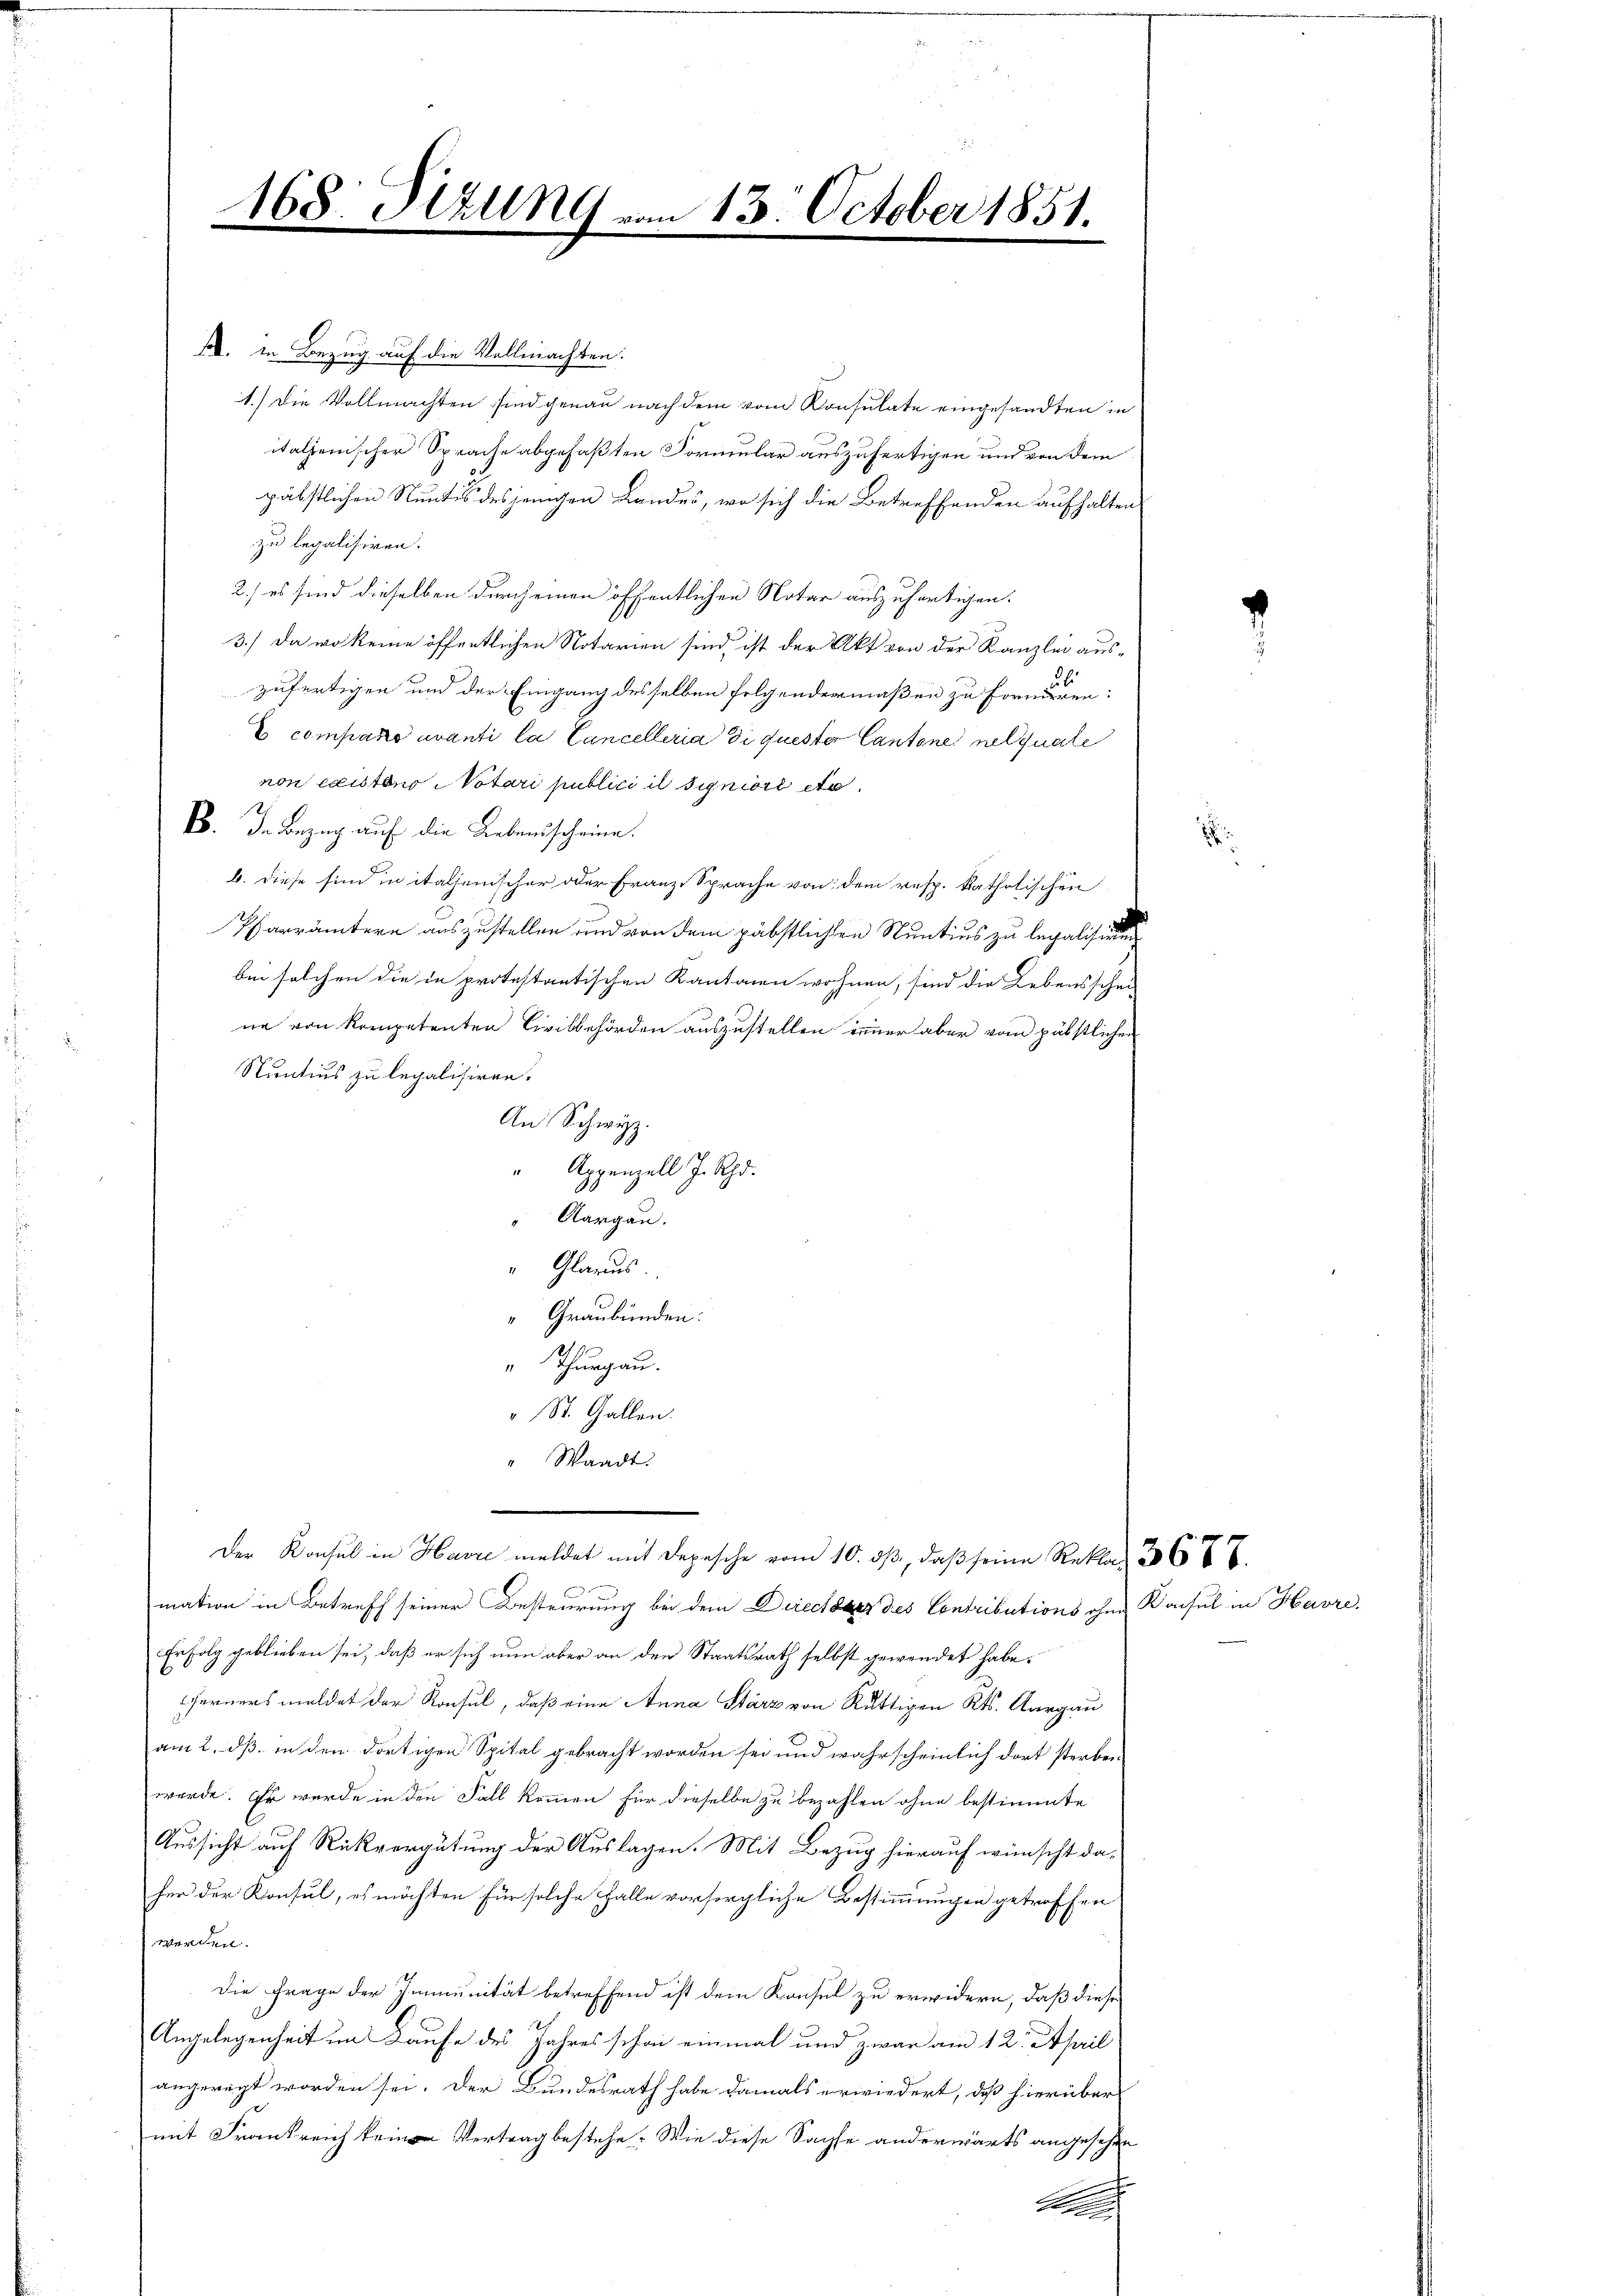
168. Sizung vom 13. October 1851.
.
e
.

A. in Bezug auf die Vollmachten.
1.) Die Vollmachten sind genau nach dem vom Konsulate eingesandten in
italienischer Sprache abgefaßten Formular auszufertigen und von dem
päbstlichen Rentis desjenigen Landes, wo sich die Betreffenden aufhalten
zu legalisiren.
2.) es sind dieselben durch einen öffentlichen Notar auszufertigen.
3.) Da wo keine öffentlichen Notarien sind, ist der Akt von der Kanzlei aus-
zufertigen und der Eingang desselben folgendermaßen zu formierten:
E compano avanti la Cancelleria di quester Cantone nel quale
non existens Notari publici il signiert etc.
B. In Bezug auf die Liebensscheine.
b. Diese sind in italienischer oder Franz Sprache von dem resp. katholischen
Pfarrämtern auszustellen und von dem päbstlichen Sentius zu legalisie
bei solchen die in protestantischen Kantonen wohnen, sind die Lebensschei-
ne von kompetenten Civilbehörden auszustellen immer aber vom päbstlichen
Nuntius zu legalisiren.
An Schwyz.
" Appenzell J. Rh.
Aargau.
" Glarus
“ Graubünden:
 Thurgau.
" St. Gallen.
" Waadt.

mation in Betreff seiner Besteurung bei dem Directes des Contributions ohne Konsul in Havre,
Erfolg geblieben sei, daß er sich nun aber an den Staatsrath selbst gewendet habe.
ferners meldet der Konsul, daß eine Anna Stärz von Rüttigen Kts. Aargau
am 2. dß. in den dortigen Spital gebracht worden sei und wahrscheinlich dort sterben
wurde. Er wurde in den Fall kommen für dieselbe zu bezahlen ohne bestimmte
Aussicht auf Rückvergütung der Auslagen. Mit Bezug hierauf wünscht daher der Konsul, es möchten für solche Falle vorsorgliche Bestimmungen getroffen
werden.
Die Frage der Immunität betreffend ist dem Konsul zu erwidern, daß diese
Angelegenheit im Laufe des Jahres schon einmal und zwar am 12. April
angeregt worden sei. Der Bundesrath habe damals erwiedert, daß hierüber
mit Frankreich Vertrag bestehe. Wie diese Sachse anderwärts angesehen
f

Der Konsul in Havre meldet mit Depesche vom 10. dβ, daβ seine Rekla 36 x 7

.